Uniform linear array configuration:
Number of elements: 32
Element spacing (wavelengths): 1
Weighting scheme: blackman
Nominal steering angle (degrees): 60
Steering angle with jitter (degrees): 61.291
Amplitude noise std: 0.05
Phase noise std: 0.05

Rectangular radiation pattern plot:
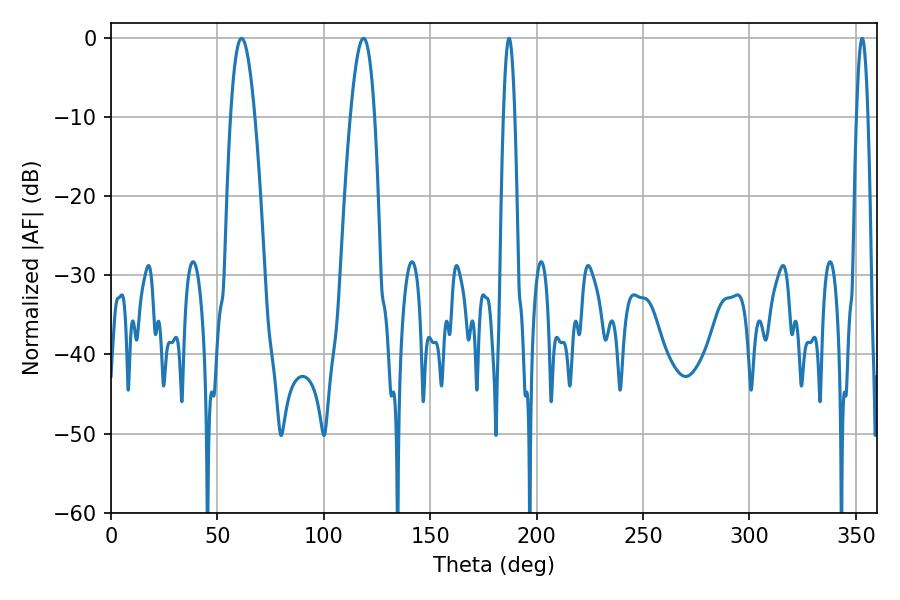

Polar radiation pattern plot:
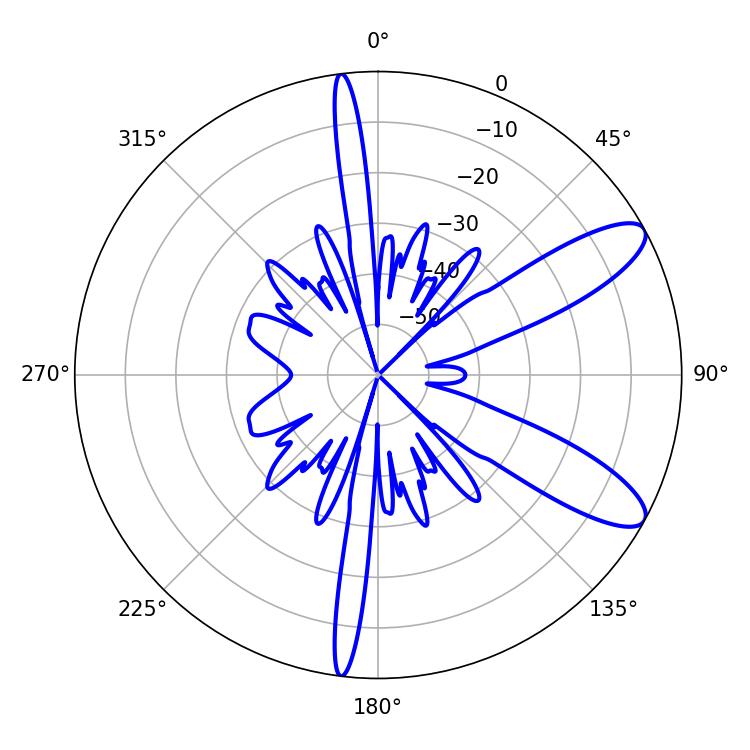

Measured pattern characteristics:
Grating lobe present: TRUE
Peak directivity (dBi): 10.147
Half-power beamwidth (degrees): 2.88
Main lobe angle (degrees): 187.02